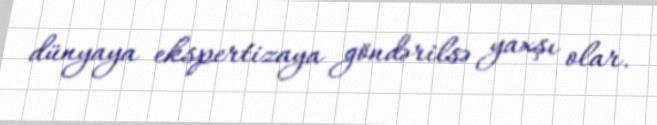
dünyaya ekspertizaya göndərilsə yaxşı olar.